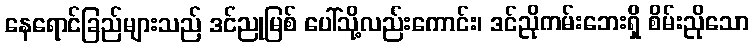
နေရောင်ခြည်များသည် ဒင်ညုမြစ် ပေါ်သို့လည်းကောင်း၊ ဒင်ညိုကမ်းဘေးရှိ စိမ်းညိုသော